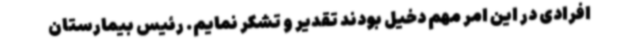
افرادی در این امر مهم دخیل بودند تقدیر و تشکر نمایم. رئیس بیمارستان